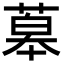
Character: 䔌